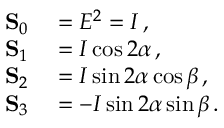
\begin{array} { r l } { \mathbf { S } _ { 0 } } & { { } = E ^ { 2 } = I \, , } \\ { \mathbf { S } _ { 1 } } & { { } = I \cos 2 \alpha \, , } \\ { \mathbf { S } _ { 2 } } & { { } = I \sin 2 \alpha \cos \beta \, , } \\ { \mathbf { S } _ { 3 } } & { { } = - I \sin 2 \alpha \sin \beta \, . \phantom { Z Z Z } } \end{array}